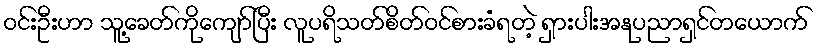
ဝင်းဦးဟာ သူ့ခေတ်ကိုကျော်ပြီး လူပရိသတ်စိတ်ဝင်စားခံရတဲ့ ရှားပါးအနုပညာရှင်တယောက်